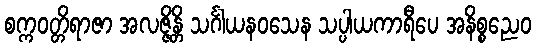
စက္ကဝတ္တိရာဇာ အလဇ္ဇိန္တိ သင်္ဂါယနဝသေန သပ္ပါယကာရီပေ အနိစ္စညေဝ